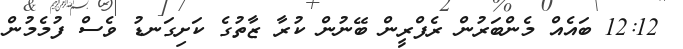
12:12 ބައެއް މެންބަރުން ރެފްރީން ބޭނުން ކުރާ ޒާތުގެ ކަށިގަނޑު ވެސް ފުމެމުން